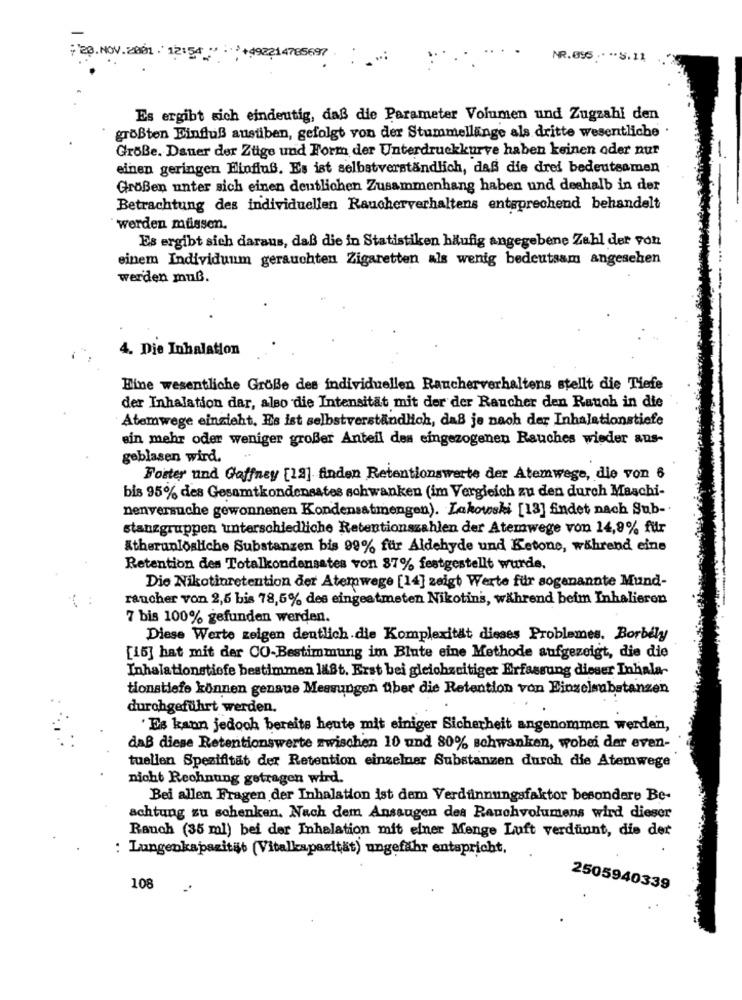
20.NOV.2001/12:54+492214785697
NR.095 .. .. S. 11
Es ergibt sich eindeutig, daß die Parameter Volumen und Zugzahl den
größten Einfluß ausüben, gefolgt von der Stummellange als dritte wesentliche .
GröBe. Dauer der Züge und Form der Unterdruckkurve haben keinen oder nur
einen geringen Finfluß. Es ist selbstverständlich, daß die drei bedeutsamen
Größen unter sich einen deutlichen Zusammenhang haben und deshalb in der
Betrachtung des individuellen Raucherverhaltens entsprechend behandelt
werden müssen.
Es ergibt sich daraus, daß die in Statistiken häufig angegebene Zahl der von
einem Individuum gerauchten Zigaretten als wenig bedeutsam angesehen
werden muß.
4. Die Inhalation
Eine wesentliche Größe des individuellen Raucherverhaltens stellt die Tiefe
der Inhalation dar, also die Intensität mit der der Raucher den Rauch in die
Atemwege einzieht, Es ist selbstverständlich, daß je nach der Inhalationstiefe
sin mehr oder weniger großer Anteil des eingezogenen Rauches wieder ans-
geblasen wird.
Foster und Gaffney [12] finden Retentionswerte der Atemwege, die von 6
bis 95% des Gesamtkondensates schwanken (im Vergleich zu den durch Maschi-
nenversuche gewonnenen Kondensatmengen). Lakowski [13] findet nach Sub -.
stanzgruppen unterschiedliche Retentionszahlen der Atemwege von 14,9% für
Ktherunlösliche Substanzen bis 99% für Aldehyde und Ketone, während eine
Retention des Totalkondensates von 87% festgestellt wurde.
Die Nikotinretention der Atemwege [14] zeigt Werte für sogenannte Mund-
raucher von 2,5 bis 78,5% des eingeatmeten Nikotin's, während beim Inhalieren
7 bis 100% gefunden werden.
Diese Werte zeigen deutlich.die Komplexität dieses Problemes. Borbély
[16] hat mit der CO-Bestimmung im Blute eine Methode aufgezeigt, die die
Inhalationstiefe bestimmen läßt. Erst bei gleichzeitiger Erfassung dieser Inhala-
tionstiefe können genaue Messungen über die Retention von Einzelsubstanzen
durchgeführt werden.
' Es kann jedoch bereits heute mit einiger Sicherheit angenommen werden,
daß diese Retentionswerte zwischen 10 und 80% schwanken, wobei der even-
tuellen Spezifität der Retention einzelner Substanzen durch die Atemwege
nicht Rechnung getragen wird.
Bei allen Fragen der Inhalation ist dem Verdünnungsfaktor besondere Be-
achtung zu schenken. Nach dem Ansaugen des Rauchvolumens wird dieser
Rauch (35 ml) bei der Inhalation mit einer Menge Luft verdünnt, die der
: Lungenkapazität (Vitalkapazität) ungefähr entspricht,
108
2505940339